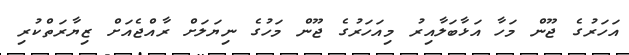
އަހަރުގެ ޖޫން މަހާ އަޅާބަލާއިރު މިއަހަރުގެ ޖޫން މަހުގެ ނިޔަލަށް ރާއްޖެއަށް ޒިޔާރަތްކުރި